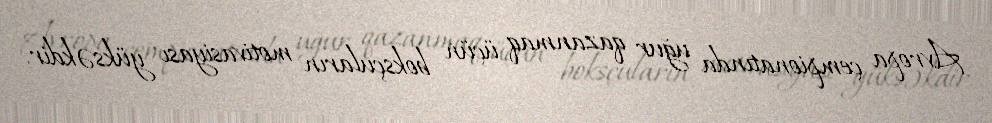
Avropa çempionatında uğur qazanmaq üçün boksçuların motivasiyası yüksəkdir.